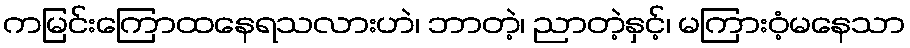
ကမြင်းကြောထနေရသလားဟဲ၊ ဘာတဲ့၊ ညာတဲ့နှင့်၊ မကြားဝံ့မနေသာ